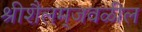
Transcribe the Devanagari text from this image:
श्रीशैलम्‌जवळील